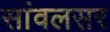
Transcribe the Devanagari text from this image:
सांवलसर